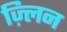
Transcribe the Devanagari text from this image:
ज़्लिन